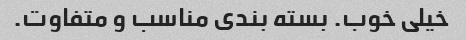
خیلی خوب. بسته بندی مناسب و متفاوت.